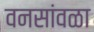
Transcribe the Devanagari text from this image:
वनसांवळा